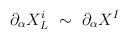
\begin{align*}\partial_\alpha X^i_L ~ \sim ~ \partial_\alpha X^I\end{align*}